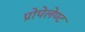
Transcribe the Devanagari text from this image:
प्रोपेलेण्ट